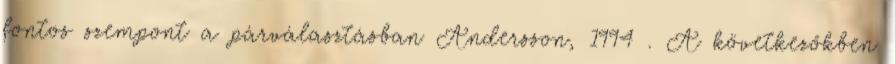
fontos szempont a párválasztásban Andersson, 1994 . A következőkben